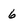
Character: 6